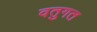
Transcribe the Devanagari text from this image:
वतुगत